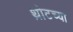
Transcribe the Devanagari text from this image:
थ्रोटच्या